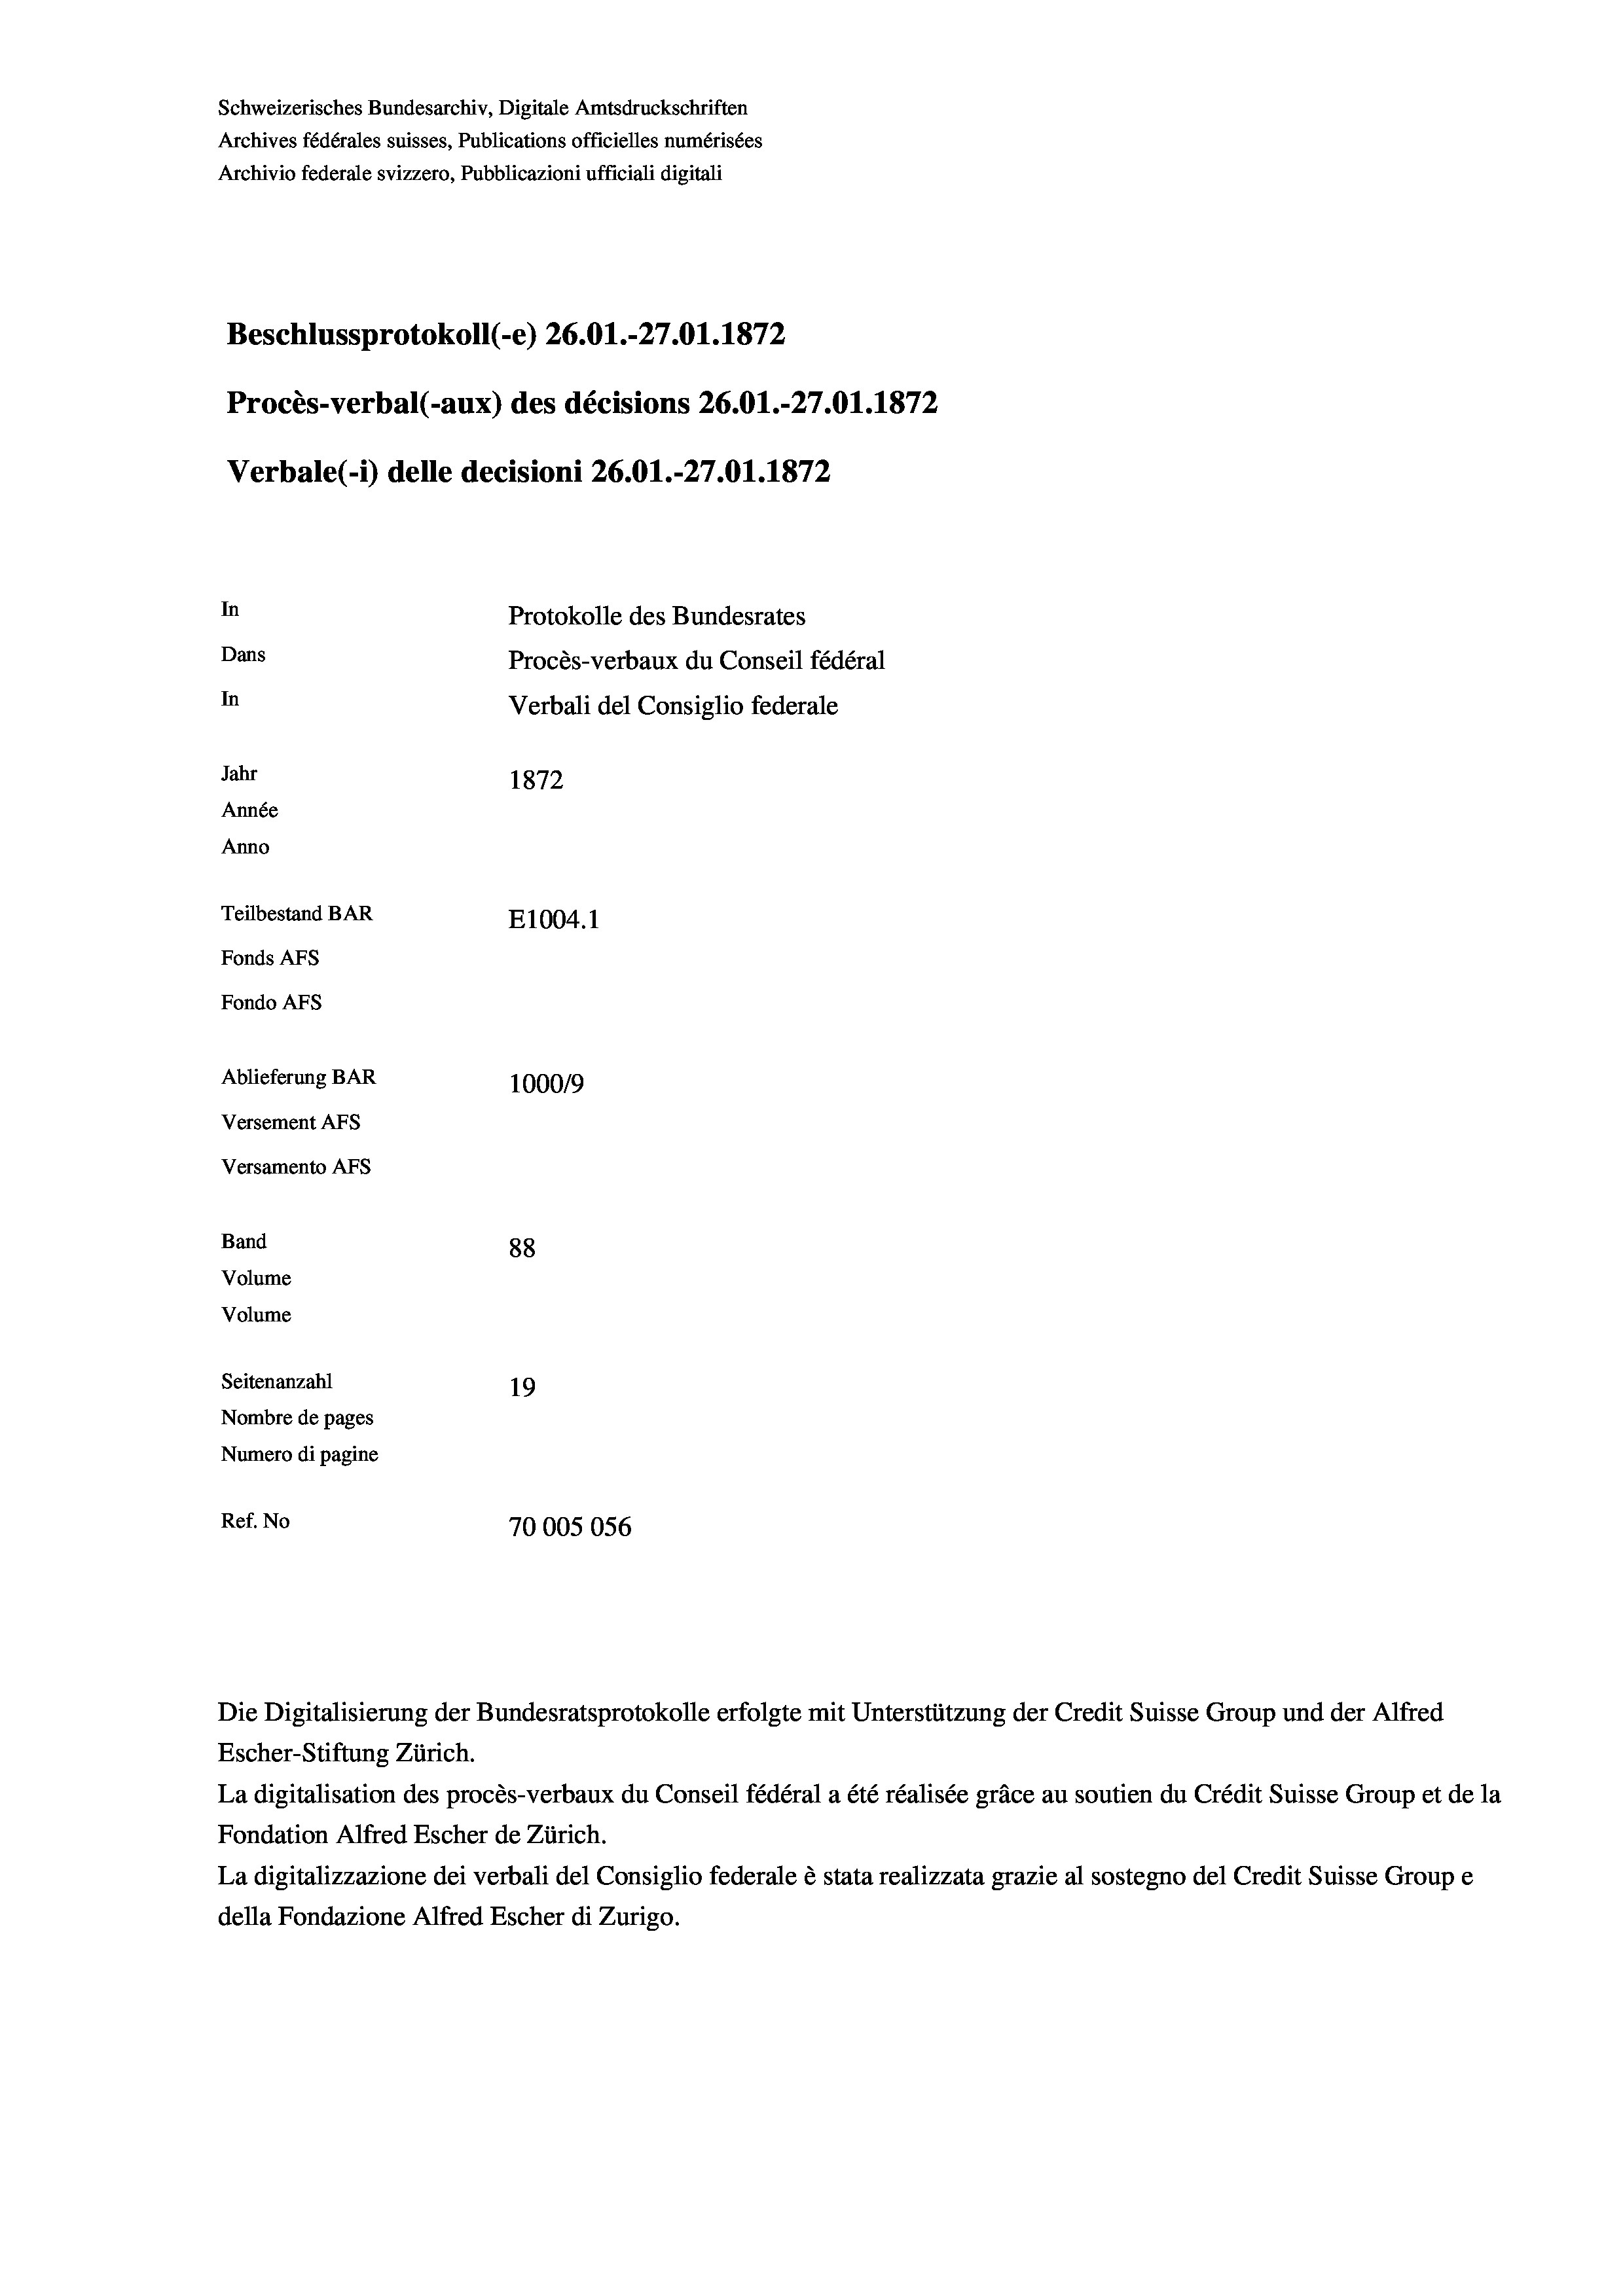
Schweizerisches Bundesarchiv, Digitale Amtsdruckschriften
Archives fédérales suisses, Publications officielles numérisées
Archivio federale svizzero, Pubblicazioni ufficiali digitali
Beschlussprotokoll (-e) 26.01.-27.01. 1872
Procès-verbal (-aux) des décisions 26.01.-27.01. 1872
Verbale(- 1) delle decisioni 26.01.-27.01. 1872
In
Protokolle des Bundesrates
Dans
Procès-verbaux du Conseil fédéral
In
Verbali del Consiglio federale
Jahr
1872
Année
Anno
Teilbestand BAR
E1004.1
Fonds Afs
Fondo Afs
Ablieferung BAR
100019
Versement Ans
Versamento Afs
Band
88
Volume
Volume
Seitenanzahl
19
Nombre de pages
Numero di pagine
Ref. No
70005056

Escher-Stiftung Zürich.
La digitalisation des procès-verbaux du Conseil fédéral a été réalisée gräce au soutien du Crédit Suisse Group et de la
Fondation Alfred Escher de Zürich.
La digitalizzazione dei verbali del Consiglio federale è stata realizzata grazie al sostegno del Credit Suisse Groupe
della Fondazione Alfred Escher di Zurigo.

Die Digitalisierung der Bundesratsprotokolle erfolgte mit Unterstützung der Credit Suisse Group und der Alfred